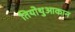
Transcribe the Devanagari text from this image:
तियोथुआकान